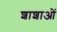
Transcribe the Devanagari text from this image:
शाशाओं